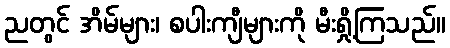
ညတွင် အိမ်များ၊ စပါးကျီများကို မီးရှို့ကြသည်။